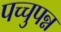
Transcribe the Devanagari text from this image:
पच्चुपन्न